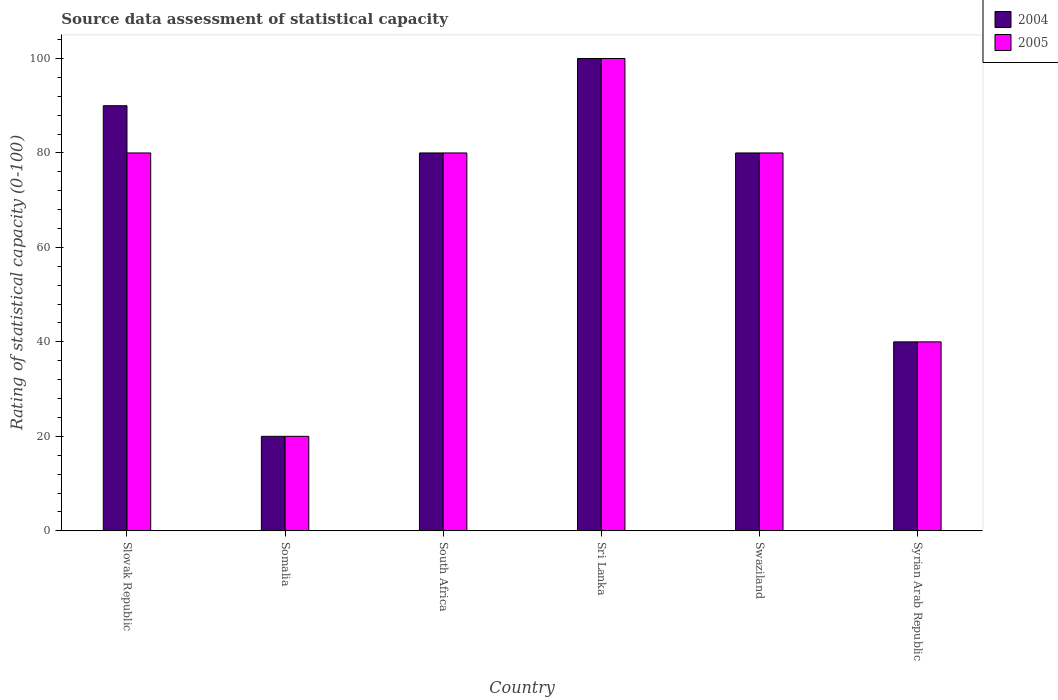
| Country | 2004 | 2005 |
 | --- | --- | --- |
 | Slovak Republic | 90 | 80 |
 | Somalia | 20 | 20 |
 | South Africa | 80 | 80 |
 | Sri Lanka | 100 | 100 |
 | Swaziland | 80 | 80 |
 | Syrian Arab Republic | 40 | 40 |